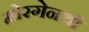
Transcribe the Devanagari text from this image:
मोरगेनथौ